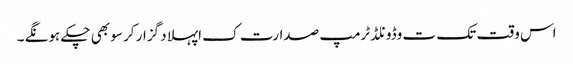
اس وقت تک ت وڈونلڈ ٹرمپ صدارت ک اپہلا د گزار کر سو بھی چکے ہونگے ۔